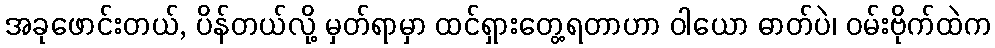
အခုဖောင်းတယ်, ပိန်တယ်လို့ မှတ်ရာမှာ ထင်ရှားတွေ့ရတာဟာ ဝါယော ဓာတ်ပဲ၊ ဝမ်းဗိုက်ထဲက